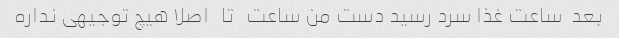
بعد  ساعت غذا سرد رسید دست من ساعت   تا   اصلا هیچ توجیهی نداره